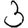
Digit: 3